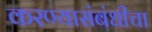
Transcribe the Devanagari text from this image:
करण्यासंबंधीचा